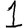
Digit: 1